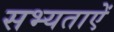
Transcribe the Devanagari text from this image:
सभ्यताऐं